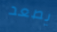
يصعد